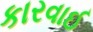
કારવાઈ